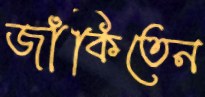
জাঁকিতেন